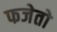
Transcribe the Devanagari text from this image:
फजेतो